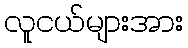
လူငယ်များအား